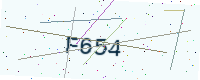
Text: F654